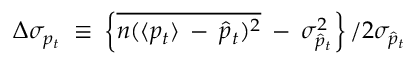
\Delta \sigma _ { p _ { t } } \: \equiv \: \left\{ \overline { { { n ( \langle p _ { t } \rangle \: - \: \hat { p } _ { t } ) ^ { 2 } } } } \: - \: \sigma _ { \hat { p } _ { t } } ^ { 2 } \right\} / { 2 \sigma _ { \hat { p } _ { t } } }